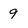
Character: 9